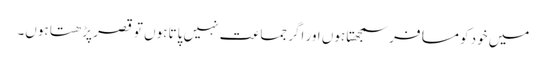
میں خود کو مسافر سمجھتا ہوں اور اگر جماعت نہیں پاتا ہوں تو قصر پڑھتا ہوں۔